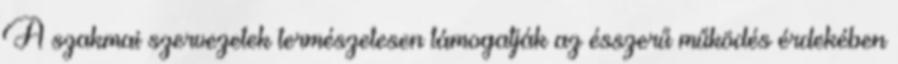
A szakmai szervezetek természetesen támogatják az ésszerű működés érdekében